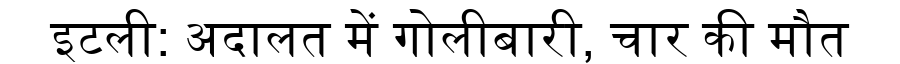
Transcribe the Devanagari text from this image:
इटली: अदालत में गोलीबारी, चार की मौत